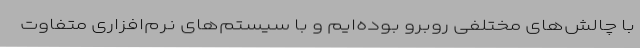
با چالش‌های مختلفی روبرو بوده‌ایم و با سیستم‌های نرم‌افزاری متفاوت